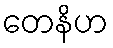
တေနိဟ